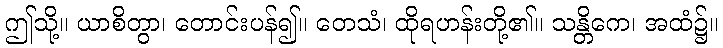
ဤသို့။ ယာစိတွာ၊ တောင်းပန်၍။ တေသံ၊ ထိုရဟန်းတို့၏။ သန္တိကေ၊ အထံ၌။